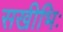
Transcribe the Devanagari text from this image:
सखीभिः